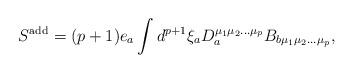
LaTeX: \begin{align*}S^{\rm add}=(p+1)e_{a}\int d^{p+1}\xi_{a}D_{a}^{\mu_{1}\mu_{2}\ldots\mu_{p}}B_{b\mu_{1}\mu_{2}\ldots\mu_{p}}, \end{align*}